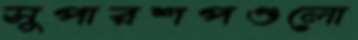
সুপারশপগুলো